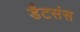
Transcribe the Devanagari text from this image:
डैटसंस